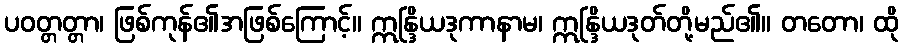
ပဝတ္တတ္တာ၊ ဖြစ်ကုန်၏အဖြစ်ကြောင့်။ ဣန္ဒြိယဒုကာနာမ၊ ဣန္ဒြိယဒုတ်တို့မည်၏။ တတော၊ ထို